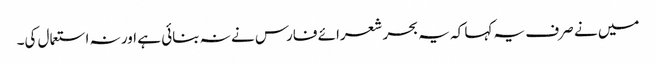
میں نے صرف یہ کہا کہ یہ بحر شعرائے فارس نے نہ بنائی ہے اور نہ استعمال کی۔